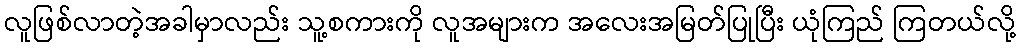
လူဖြစ်လာတဲ့အခါမှာလည်း သူ့စကားကို လူအများက အလေးအမြတ်ပြုပြီး ယုံကြည် ကြတယ်လို့